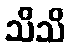
သိသိ